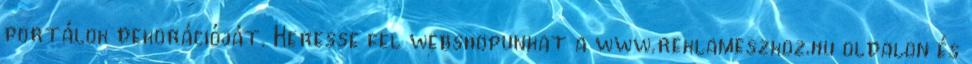
portálok dekorációját. Keresse fel webshopunkat a www.reklameszkoz.hu oldalon és